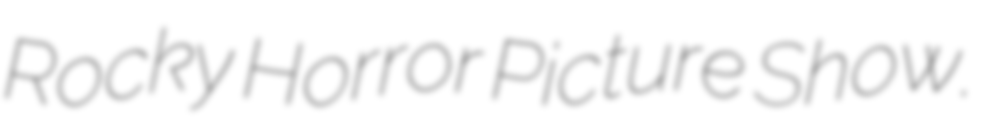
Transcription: Rocky Horror Picture Show.